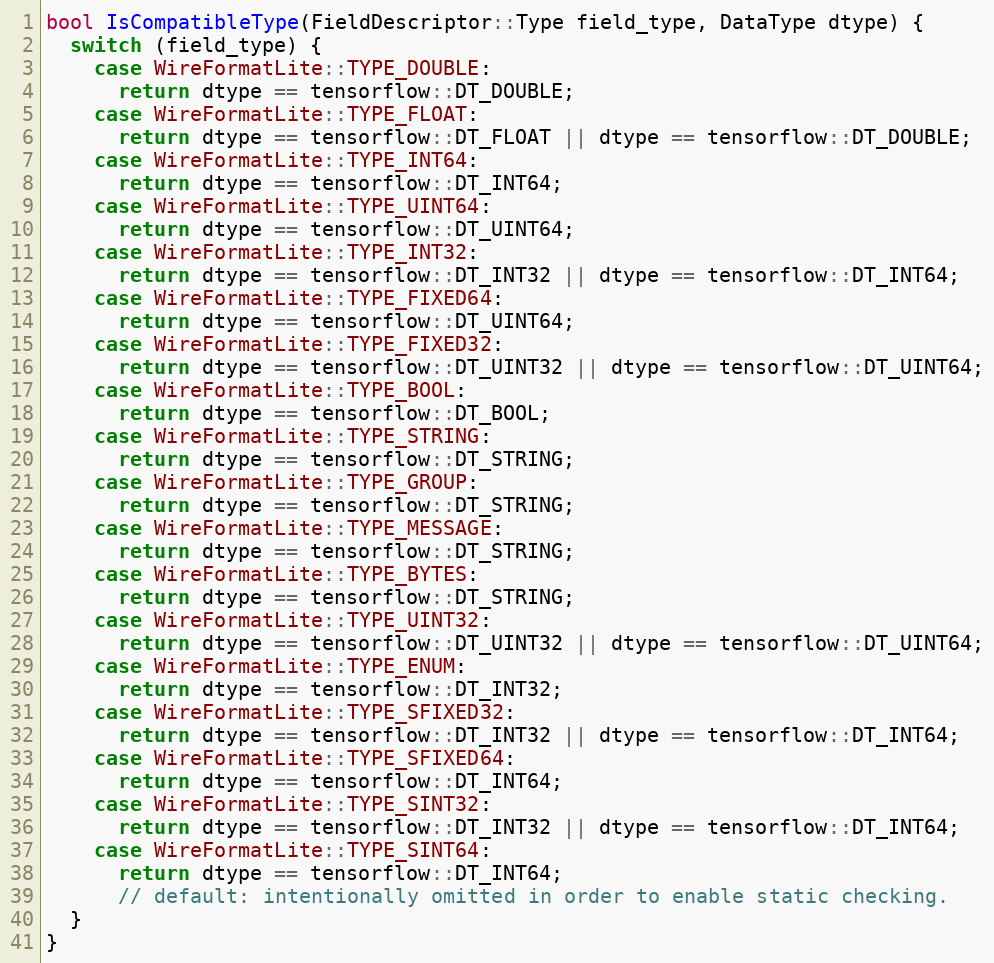
Language: C++
bool IsCompatibleType(FieldDescriptor::Type field_type, DataType dtype) {
  switch (field_type) {
    case WireFormatLite::TYPE_DOUBLE:
      return dtype == tensorflow::DT_DOUBLE;
    case WireFormatLite::TYPE_FLOAT:
      return dtype == tensorflow::DT_FLOAT || dtype == tensorflow::DT_DOUBLE;
    case WireFormatLite::TYPE_INT64:
      return dtype == tensorflow::DT_INT64;
    case WireFormatLite::TYPE_UINT64:
      return dtype == tensorflow::DT_UINT64;
    case WireFormatLite::TYPE_INT32:
      return dtype == tensorflow::DT_INT32 || dtype == tensorflow::DT_INT64;
    case WireFormatLite::TYPE_FIXED64:
      return dtype == tensorflow::DT_UINT64;
    case WireFormatLite::TYPE_FIXED32:
      return dtype == tensorflow::DT_UINT32 || dtype == tensorflow::DT_UINT64;
    case WireFormatLite::TYPE_BOOL:
      return dtype == tensorflow::DT_BOOL;
    case WireFormatLite::TYPE_STRING:
      return dtype == tensorflow::DT_STRING;
    case WireFormatLite::TYPE_GROUP:
      return dtype == tensorflow::DT_STRING;
    case WireFormatLite::TYPE_MESSAGE:
      return dtype == tensorflow::DT_STRING;
    case WireFormatLite::TYPE_BYTES:
      return dtype == tensorflow::DT_STRING;
    case WireFormatLite::TYPE_UINT32:
      return dtype == tensorflow::DT_UINT32 || dtype == tensorflow::DT_UINT64;
    case WireFormatLite::TYPE_ENUM:
      return dtype == tensorflow::DT_INT32;
    case WireFormatLite::TYPE_SFIXED32:
      return dtype == tensorflow::DT_INT32 || dtype == tensorflow::DT_INT64;
    case WireFormatLite::TYPE_SFIXED64:
      return dtype == tensorflow::DT_INT64;
    case WireFormatLite::TYPE_SINT32:
      return dtype == tensorflow::DT_INT32 || dtype == tensorflow::DT_INT64;
    case WireFormatLite::TYPE_SINT64:
      return dtype == tensorflow::DT_INT64;
      // default: intentionally omitted in order to enable static checking.
  }
}